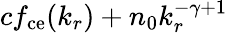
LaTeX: cf_{\mathrm{ce}}(k_{r})+n_{0}k_{r}^{-\gamma+1}